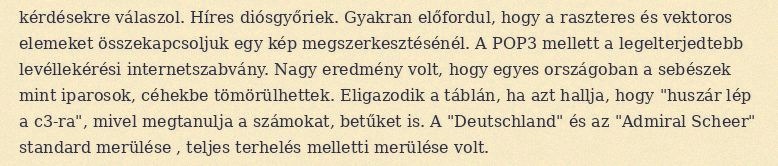
kérdésekre válaszol. Híres diósgyőriek. Gyakran előfordul, hogy a raszteres és vektoros elemeket összekapcsoljuk egy kép megszerkesztésénél. A POP3 mellett a legelterjedtebb levéllekérési internetszabvány. Nagy eredmény volt, hogy egyes országoban a sebészek mint iparosok, céhekbe tömörülhettek. Eligazodik a táblán, ha azt hallja, hogy "huszár lép a c3-ra", mivel megtanulja a számokat, betűket is. A "Deutschland" és az "Admiral Scheer" standard merülése , teljes terhelés melletti merülése volt.